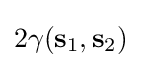
2\gamma (\mathbf {s} _{1},\mathbf {s} _{2})